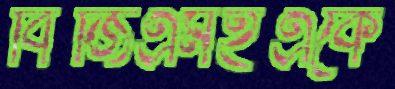
বিজিএমইএকে